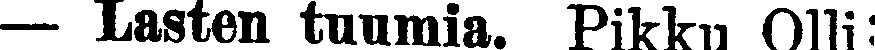
— Lasten tuumia. Pikku Olli: